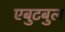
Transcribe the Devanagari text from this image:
एबुटबुल